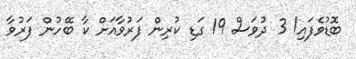
ބޮޑުވެފައި! 3 ދުވަސް 19 ގަޑި ކުރިން ފަރުވާއަށް ކާ ބޭހުން ފަރުވާ